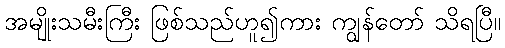
အမျိုးသမီးကြီး ဖြစ်သည်ဟူ၍ကား ကျွန်တော် သိရပြီ။